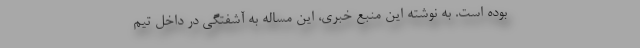
بوده است. به نوشته این منبع خبری، این مساله به آشفتگی در داخل تیم